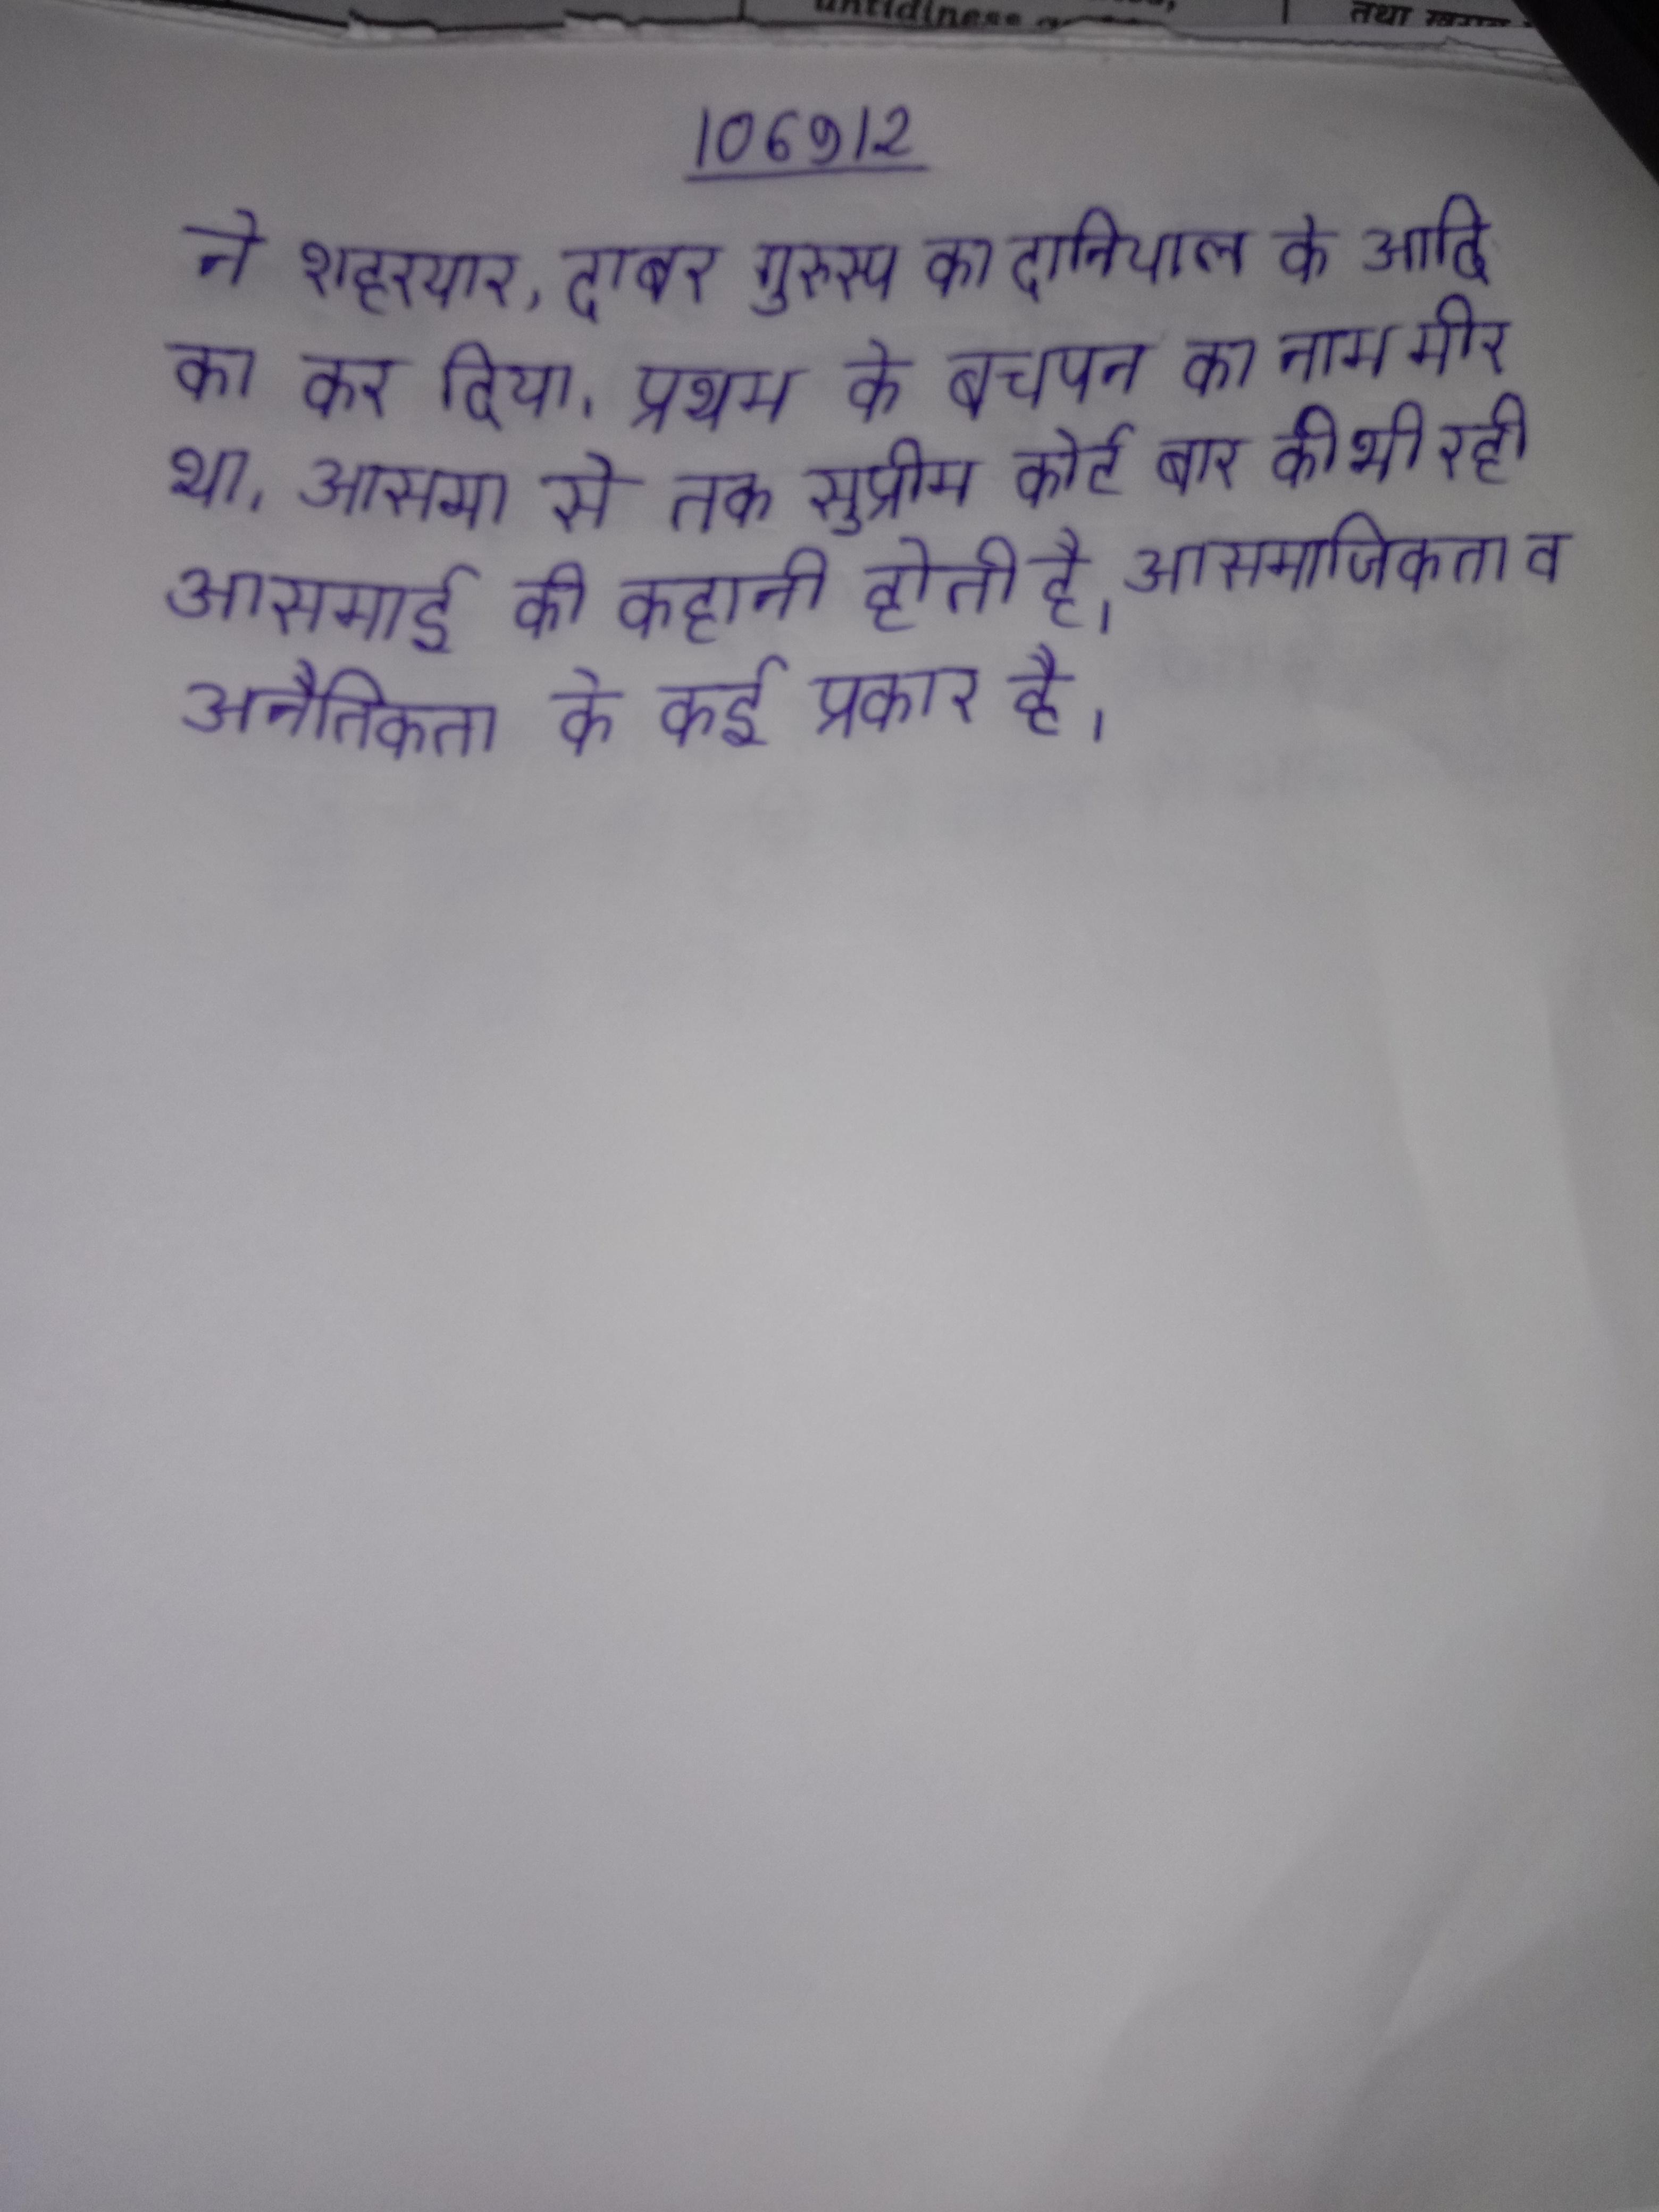
ने शहरयार, दाबर गुरुसस्प का दानियाल के आदि का कर दिया । प्रथम के बचपन का नाम मीर था । आसमा से तक सुप्रीम कोर्ट बार की भी रही । आसमाई की कहानी होती है । आसमाजिकता व अनैतिकता के कई प्रकार है ।